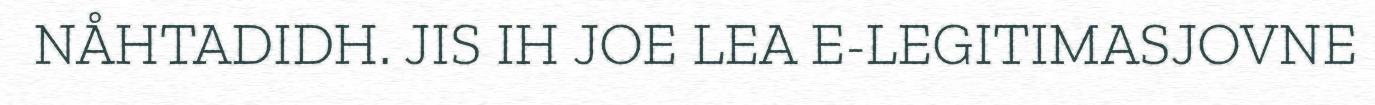
NÅHTADIDH. JIS IH JOE LEA E-LEGITIMASJOVNE